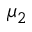
\mu _ { 2 }